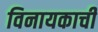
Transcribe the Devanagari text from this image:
विनायकाची